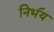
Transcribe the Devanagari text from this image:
निभ॔य